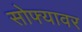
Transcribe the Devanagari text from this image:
सोफ्यावर